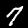
Label: 7